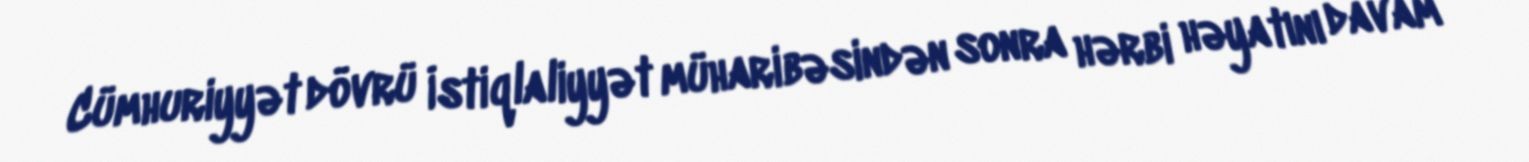
Cümhuriyyət dövrü İstiqlaliyyət müharibəsindən sonra hərbi həyatını davam